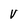
Character: v